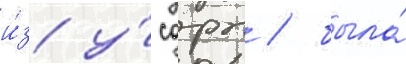
и́з у́сдрп / была́